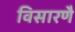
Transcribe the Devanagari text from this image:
विसारणै